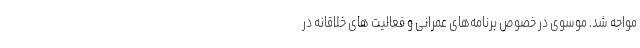
مواجه شد. موسوی در خصوص برنامه‌های عمرانی و فعالیت های خلاقانه در